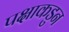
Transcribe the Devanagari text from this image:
पक्षाकडुन